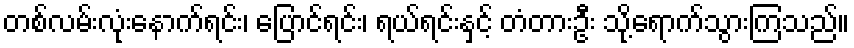
တစ်လမ်းလုံးနောက်ရင်း၊ ပြောင်ရင်း၊ ရယ်ရင်းနှင့် တံတားဦး သို့ရောက်သွားကြသည်။